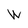
Character: W